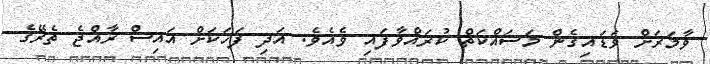
ވާމަރަށް ވަޑައިގެން މަސައްކަތް ކުރައްވާފައި ވެއެވެ. އަދި ފަހަކަށް އައިސް ރާއްޖެ ތެރޭގެ